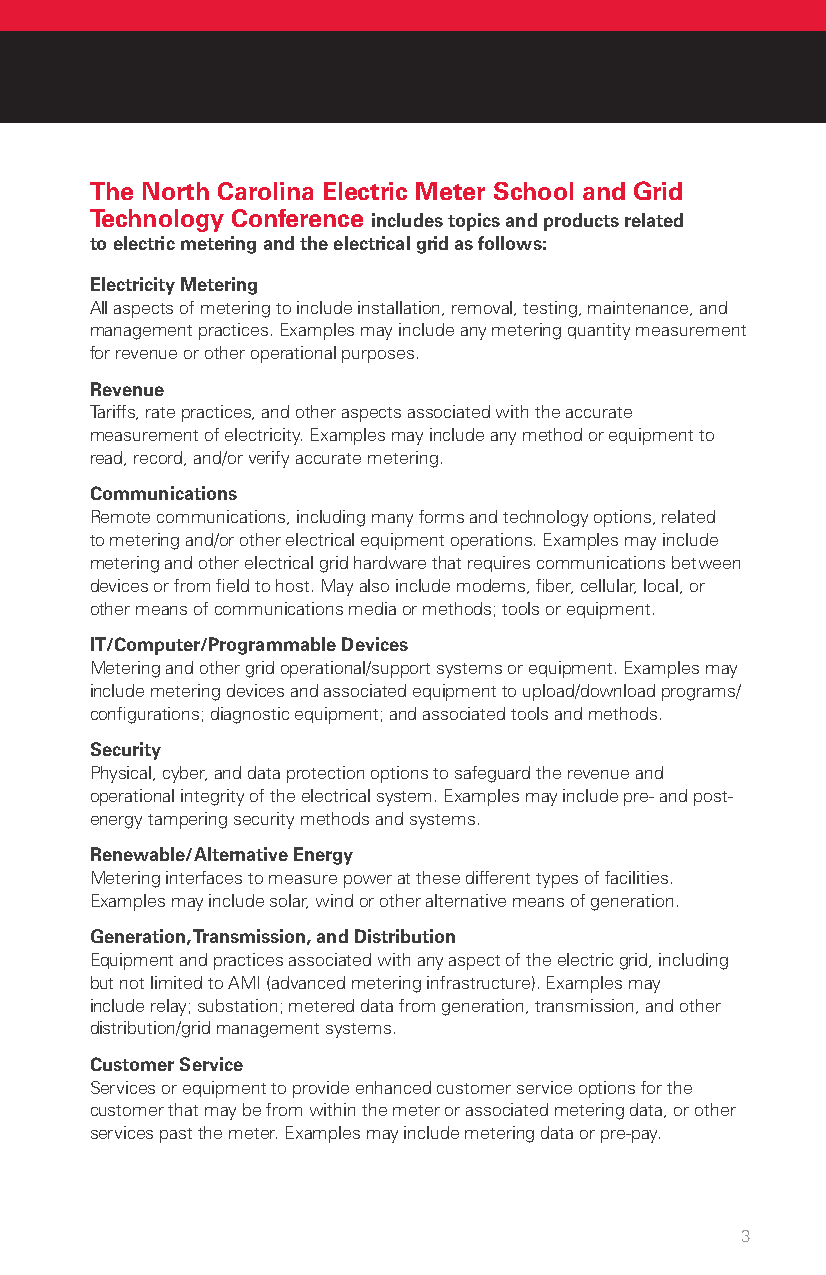
The North Carolina Electric Meter School and Grid
 Technology Conference includes topics and products related
 to electric metering and the electrical grid as follows:
 Electricity Metering
 All aspects of metering to include installation, removal, testing, maintenance, and
 management practices. Examples may include any metering quantity measurement
 for revenue or other operational purposes.
 Revenue
 Tariffs, rate practices, and other aspects associated with the accurate
 measurement of electricity. Examples may include any method or equipment to
 read, record, and/or verify accurate metering.
 Communications
 Remote communications, including many forms and technology options, related
 to metering and/or other electrical equipment operations. Examples may include
 metering and other electrical grid hardware that requires communications between
 devices or from field to host. May also include modems, fiber, cellular, local, or
 other means of communications media or methods; tools or equipment.
 IT/Computer/Programmable Devices
 Metering and other grid operational/support systems or equipment. Examples may
 include metering devices and associated equipment to upload/download programs/
 configurations; diagnostic equipment; and associated tools and methods.
 Security
 Physical, cyber, and data protection options to safeguard the revenue and
 operational integrity of the electrical system. Examples may include pre- and post-
 energy tampering security methods and systems.
 Renewable/Alternative Energy
 Metering interfaces to measure power at these different types of facilities.
 Examples may include solar, wind or other alternative means of generation.
 Generation, Transmission, and Distribution
 Equipment and practices associated with any aspect of the electric grid, including
 but not limited to AMI (advanced metering infrastructure). Examples may
 include relay; substation; metered data from generation, transmission, and other
 distribution/grid management systems.
 Customer Service
 Services or equipment to provide enhanced customer service options for the
 customer that may be from within the meter or associated metering data, or other
 services past the meter. Examples may include metering data or pre-pay.
 3